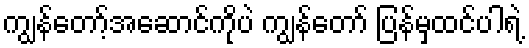
ကျွန်တော့်အဆောင်ကိုပဲ ကျွန်တော် ပြန်မှထင်ပါရဲ့